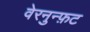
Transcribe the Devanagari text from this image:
वेरनुन्फ़ट